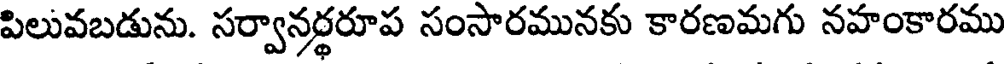
పిలువబడును. సర్వానర్ధరూప సంసారమునకు కారణమగు నహంకారము